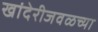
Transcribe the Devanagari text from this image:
खांदेरीजवळच्या